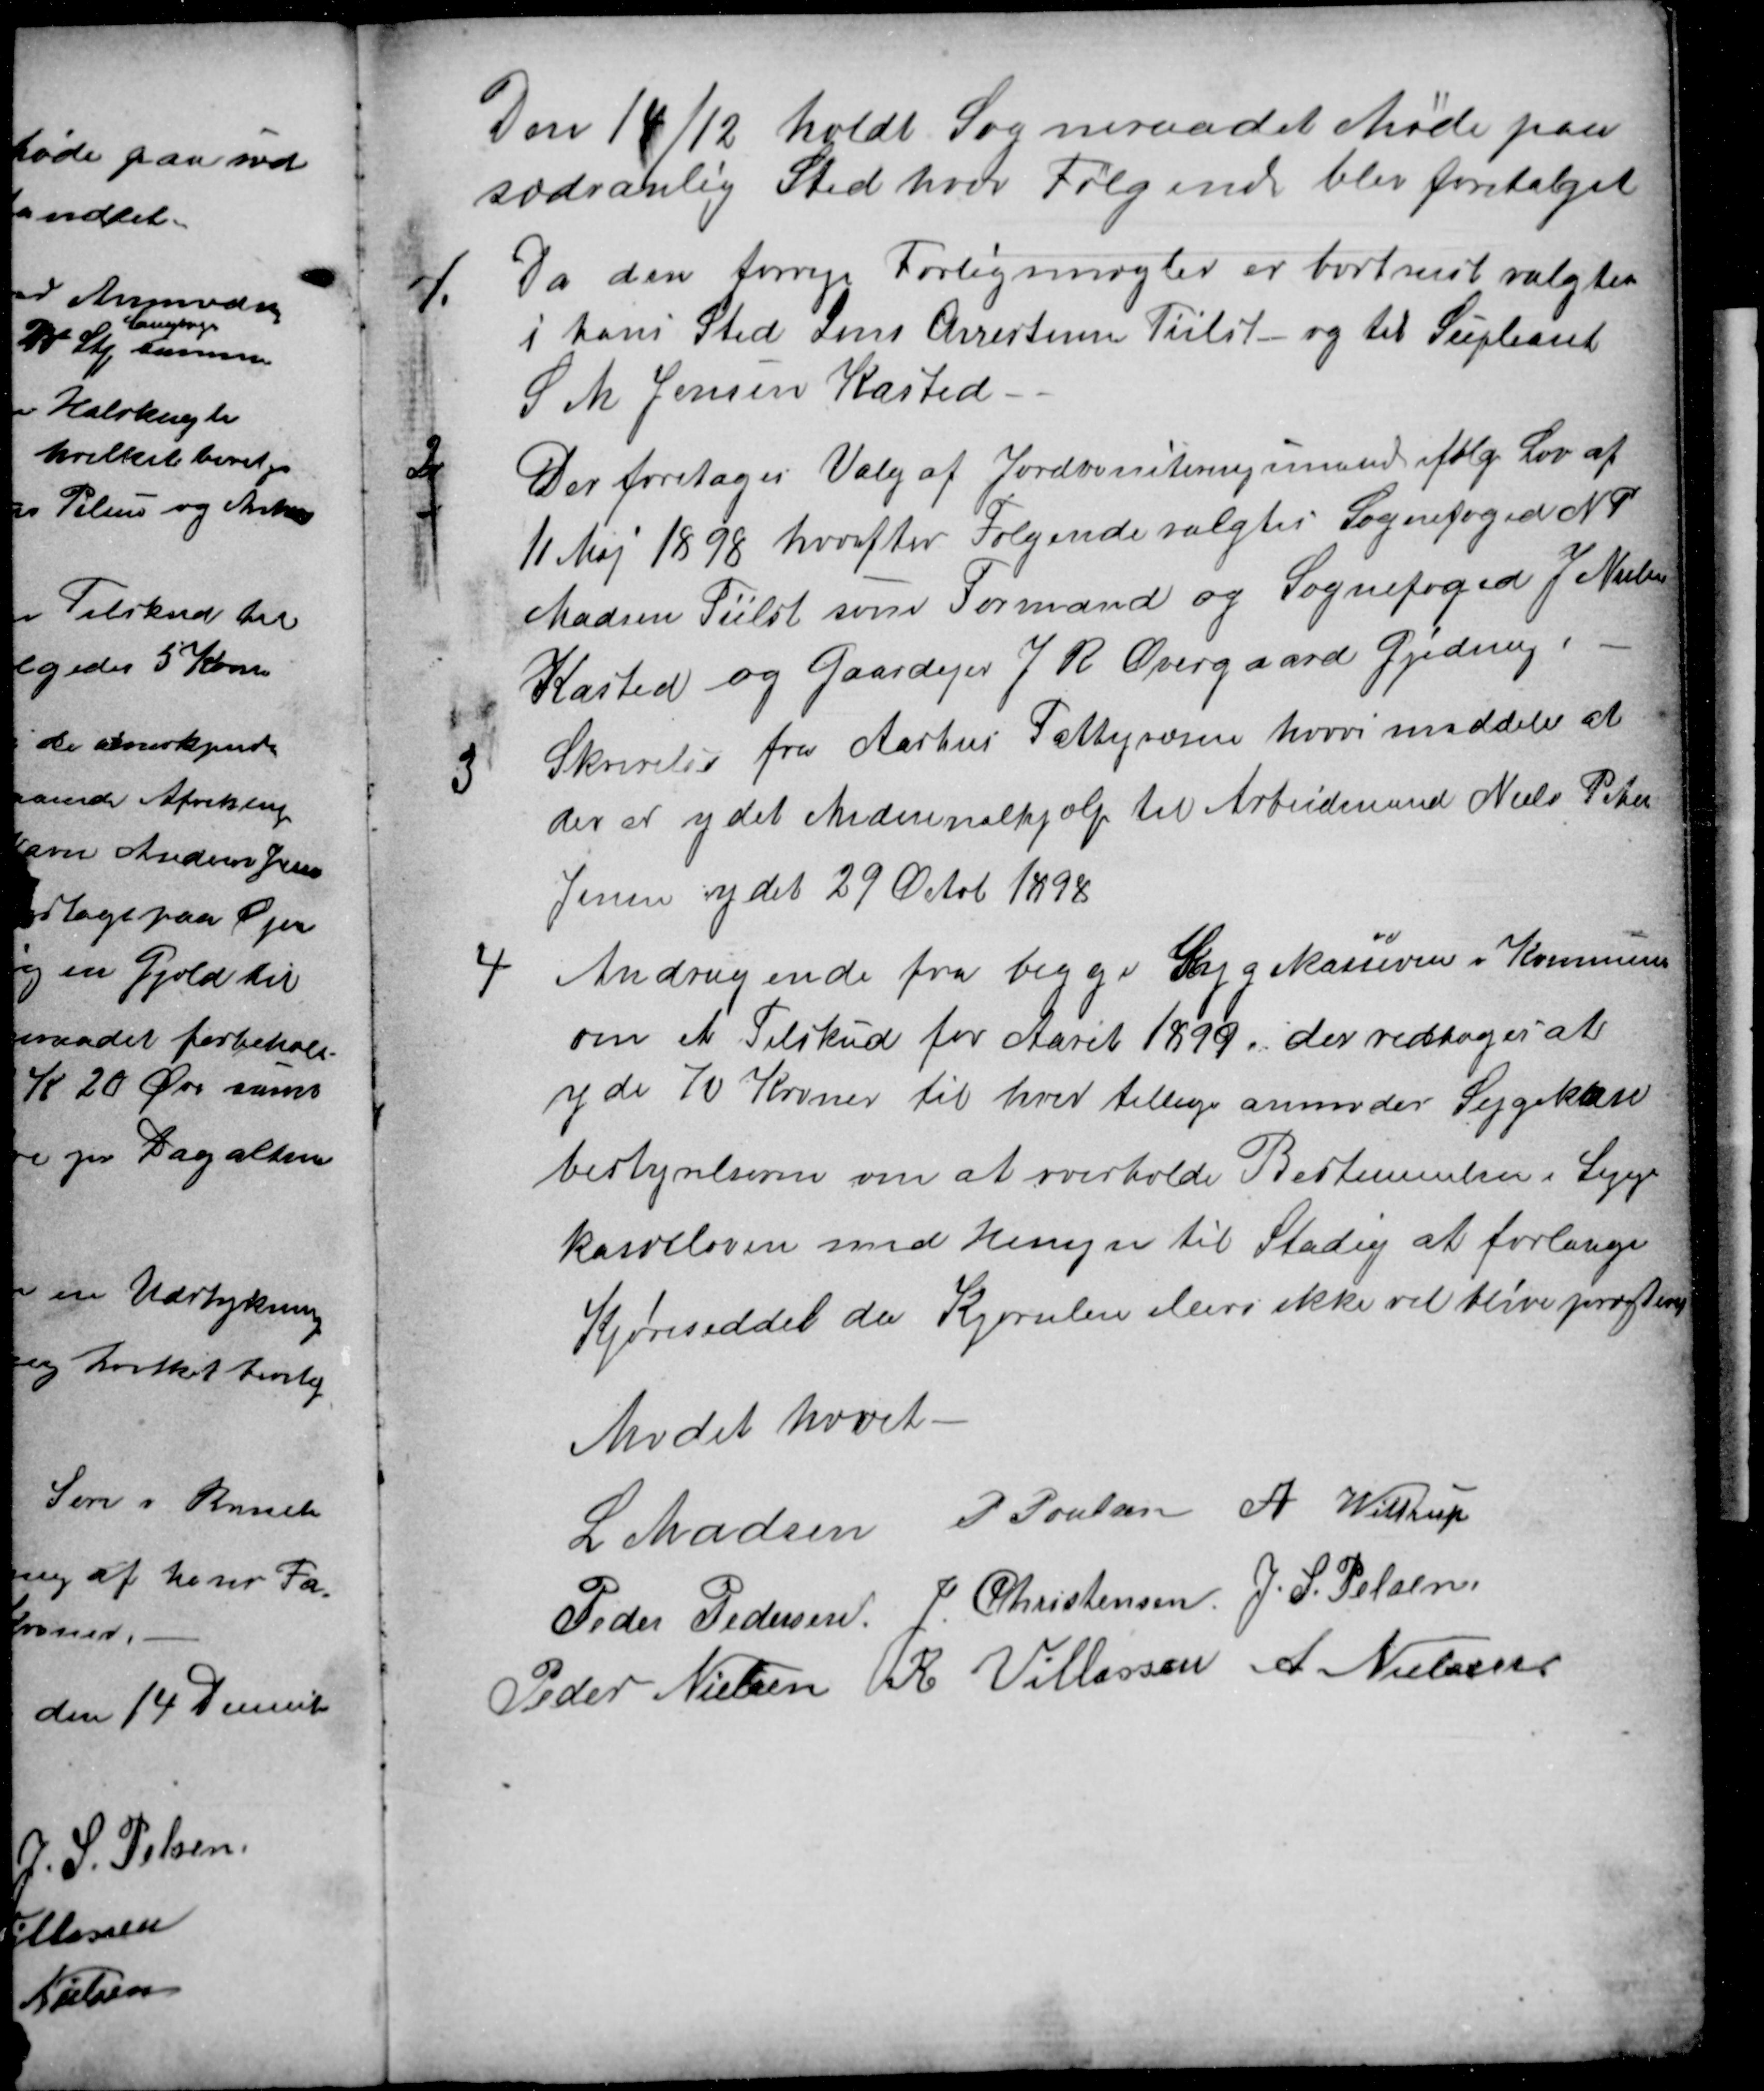
Transskription:
Den 14/12 holdt Sogneraadet Møde paa
sædvanlig Sted hvor Følgende blev foretalget
1.
Da den forrige Forligsmægler er bortreist valgtes
i hans Sted Jens Christensen Tiilst- og til Supleant
S M Jensen Kasted
2
Der foretoges Valg af Jordboniteringsmænd ifølge Lov af
11 Maj 1898 hvorefter Følgende valgtes Sognefoged N P
Madsen Tiilst som Formand og Sognefoged J Nielsen
Kasted og Gaardejer J R Overgaard Gjeding 
3
Skrivelse fra Aarhus Fattigvæsen hvori meddeles at
der er ydet Mederinalhjælp til Arbeidsmand Niels Peter
Jensen ydet 29 Octob 1898
4
Andragende fra begge Sygekasserne i Kommunen
om et Tilskud for Aaret 1899. der vedtoges at
yde 70 Kroner til hver tillige anmodes Sygekase
bestyrelserne om at overholde Bestemmelser i Syge
kasseloven med Hensyn til Stadig at forlange
Kjøreseddel da Kjørselen ellers ikke vil blive progtere
Mødet hævet
L Madsen
P Poulsen
A. Wittrup
Peder Pedersen
J. Christensen
J. S. Pelsen
Peder Nielsen
R Villassen
 A. Nielsen